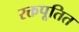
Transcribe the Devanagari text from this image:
रक्तपूतित